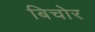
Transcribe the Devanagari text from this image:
बिचोर